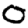
Digit: 0